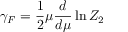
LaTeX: \gamma _ { F } = \frac 1 2 \mu \frac d { d \mu } \ln Z _ { 2 }